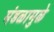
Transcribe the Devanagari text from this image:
मंडळामुळे